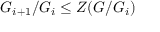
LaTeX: G _ { i + 1 } / G _ { i } \leq Z ( G / G _ { i } )